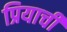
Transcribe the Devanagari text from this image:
प्रियाची